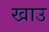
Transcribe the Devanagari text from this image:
खाउ